Madras plague regulations in force outside the Presidency town - Volume 3
Disease focus: Plague
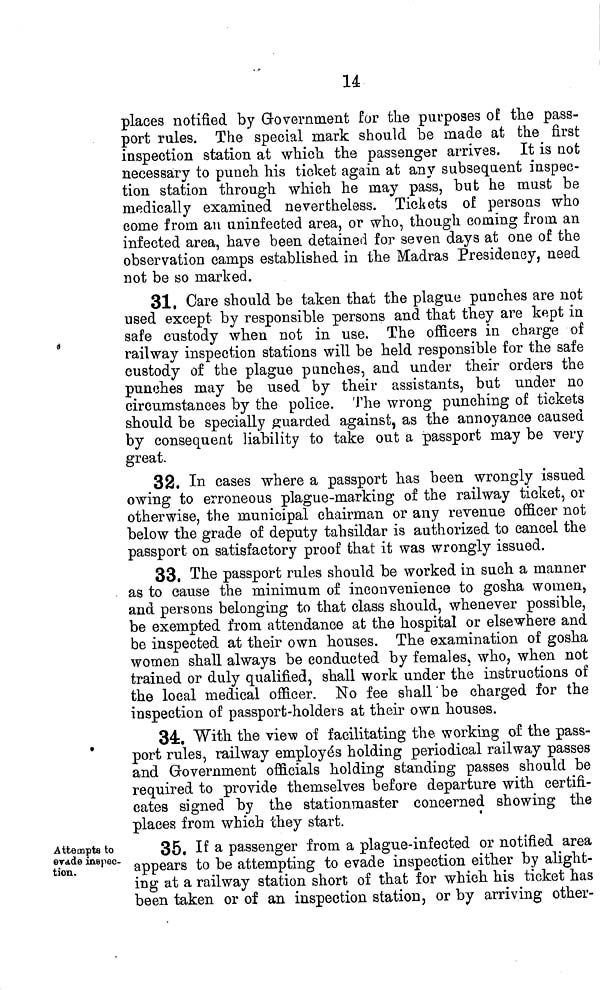
14
places notified by Government for the purposes of the pass-
port rules. The special mark should be made at the first
inspection station at which the passenger arrives. It is not
necessary to punch his ticket again at any subsequent inspec-
tion station through which he may pass, but he must be
medically examined nevertheless. Tickets of persons who
come from an uninfected area, or who, though coming from an
infected area, have been detained for seven days at one of the
observation camps established in the Madras Presidency, need
not be so marked.
31. Care should be taken that the plague punches are not
used except by responsible persons and that they are kept in
safe custody when not in use. The officers in charge of
railway inspection stations will be held responsible for the safe
custody of the plague punches, and under their orders the
punches may be used by their assistants, but under no
circumstances by the police. The wrong punching of tickets
should be specially guarded against, as the annoyance caused
by consequent liability to take out a passport may be very
great.
32. In cases where a passport has been wrongly issued
owing to erroneous plague-marking of the railway ticket, or
otherwise, the municipal chairman or any revenue officer not
below the grade of deputy tahsildar is authorized to cancel the
passport on satisfactory proof that it was wrongly issued.
33. The passport rules should be worked in such a manner
as to cause the minimum of inconvenience to gosha women,
and persons belonging to that class should, whenever possible,
be exempted from attendance at the hospital or elsewhere and
be inspected at their own houses. The examination of gosha
women shall always be conducted by females, who, when not
trained or duly qualified, shall work under the instructions of
the local medical officer. No fee shall be charged for the
inspection of passport-holders at their own houses.
34. With the view of facilitating the working of the pass-
port rules, railway employés holding periodical railway passes
and Government officials holding standing passes should be
required to provide themselves before departure with certifi-
cates signed by the stationmaster concerned showing the
places from which they start.
Attempts to
evade inspec-
tion.
35, If a passenger from a plague-infected or notified area
appears to be attempting to evade inspection either by alight-
ing at a railway station short of that for which his ticket has
been taken or of an inspection station, or by arriving other-